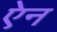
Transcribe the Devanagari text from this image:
एेन